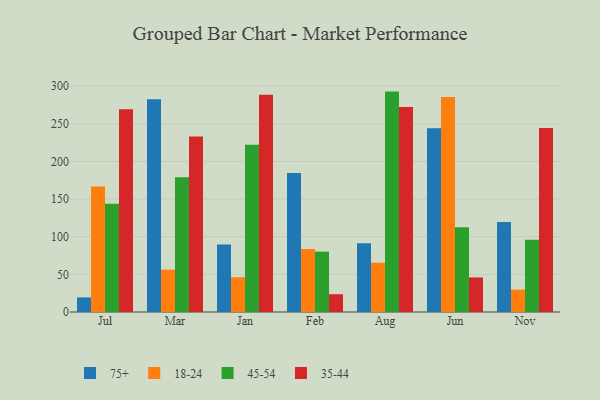
{"axis": {"x": "Month", "y": "Shipments"}, "legend": ["18-24", "35-44", "45-54", "75+"], "data": [{"x": "Jul", "y": 19.4, "type": "75+"}, {"x": "Jul", "y": 166.6, "type": "18-24"}, {"x": "Jul", "y": 143.6, "type": "45-54"}, {"x": "Jul", "y": 269.4, "type": "35-44"}, {"x": "Mar", "y": 282.7, "type": "75+"}, {"x": "Mar", "y": 56.2, "type": "18-24"}, {"x": "Mar", "y": 178.9, "type": "45-54"}, {"x": "Mar", "y": 233.2, "type": "35-44"}, {"x": "Jan", "y": 89.6, "type": "75+"}, {"x": "Jan", "y": 46.2, "type": "18-24"}, {"x": "Jan", "y": 222.0, "type": "45-54"}, {"x": "Jan", "y": 288.6, "type": "35-44"}, {"x": "Feb", "y": 184.6, "type": "75+"}, {"x": "Feb", "y": 83.6, "type": "18-24"}, {"x": "Feb", "y": 80.2, "type": "45-54"}, {"x": "Feb", "y": 23.6, "type": "35-44"}, {"x": "Aug", "y": 91.4, "type": "75+"}, {"x": "Aug", "y": 65.5, "type": "18-24"}, {"x": "Aug", "y": 292.7, "type": "45-54"}, {"x": "Aug", "y": 272.1, "type": "35-44"}, {"x": "Jun", "y": 244.0, "type": "75+"}, {"x": "Jun", "y": 285.6, "type": "18-24"}, {"x": "Jun", "y": 112.5, "type": "45-54"}, {"x": "Jun", "y": 45.9, "type": "35-44"}, {"x": "Nov", "y": 119.6, "type": "75+"}, {"x": "Nov", "y": 29.8, "type": "18-24"}, {"x": "Nov", "y": 95.8, "type": "45-54"}, {"x": "Nov", "y": 244.2, "type": "35-44"}]}